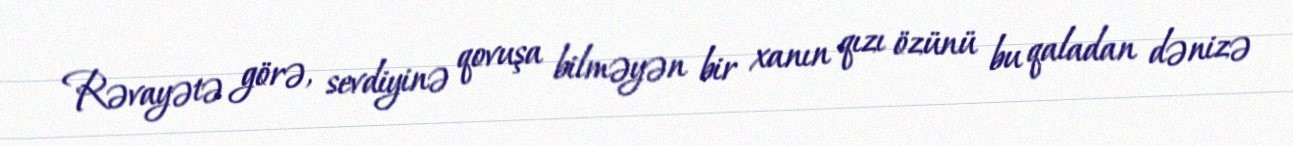
Rəvayətə görə, sevdiyinə qovuşa bilməyən bir xanın qızı özünü bu qaladan dənizə